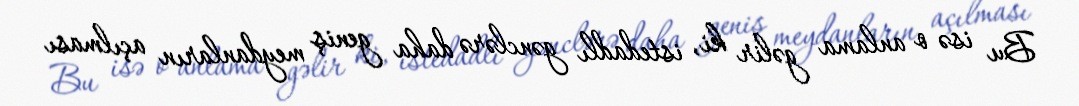
Bu isə o anlama gəlir ki, istedadlı gənclərə daha geniş meydanların açılması